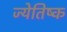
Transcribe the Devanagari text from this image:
ज्येतिष्क